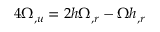
4 \Omega _ { , u } = 2 h \Omega _ { , r } - \Omega h _ { , r }